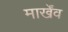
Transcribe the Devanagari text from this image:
मार्खेंव